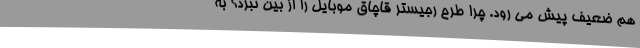
هم ضعیف پیش می رود. چرا طرح رجیستر قاچاق موبایل را از بین نبرد؟ به